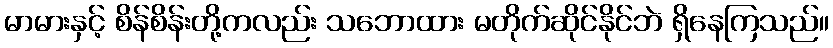
မာမားနှင့် စိန်စိန်းတို့ကလည်း သဘောထား မတိုက်ဆိုင်နိုင်ဘဲ ရှိနေကြသည်။